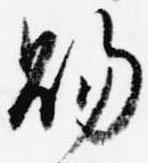
賜